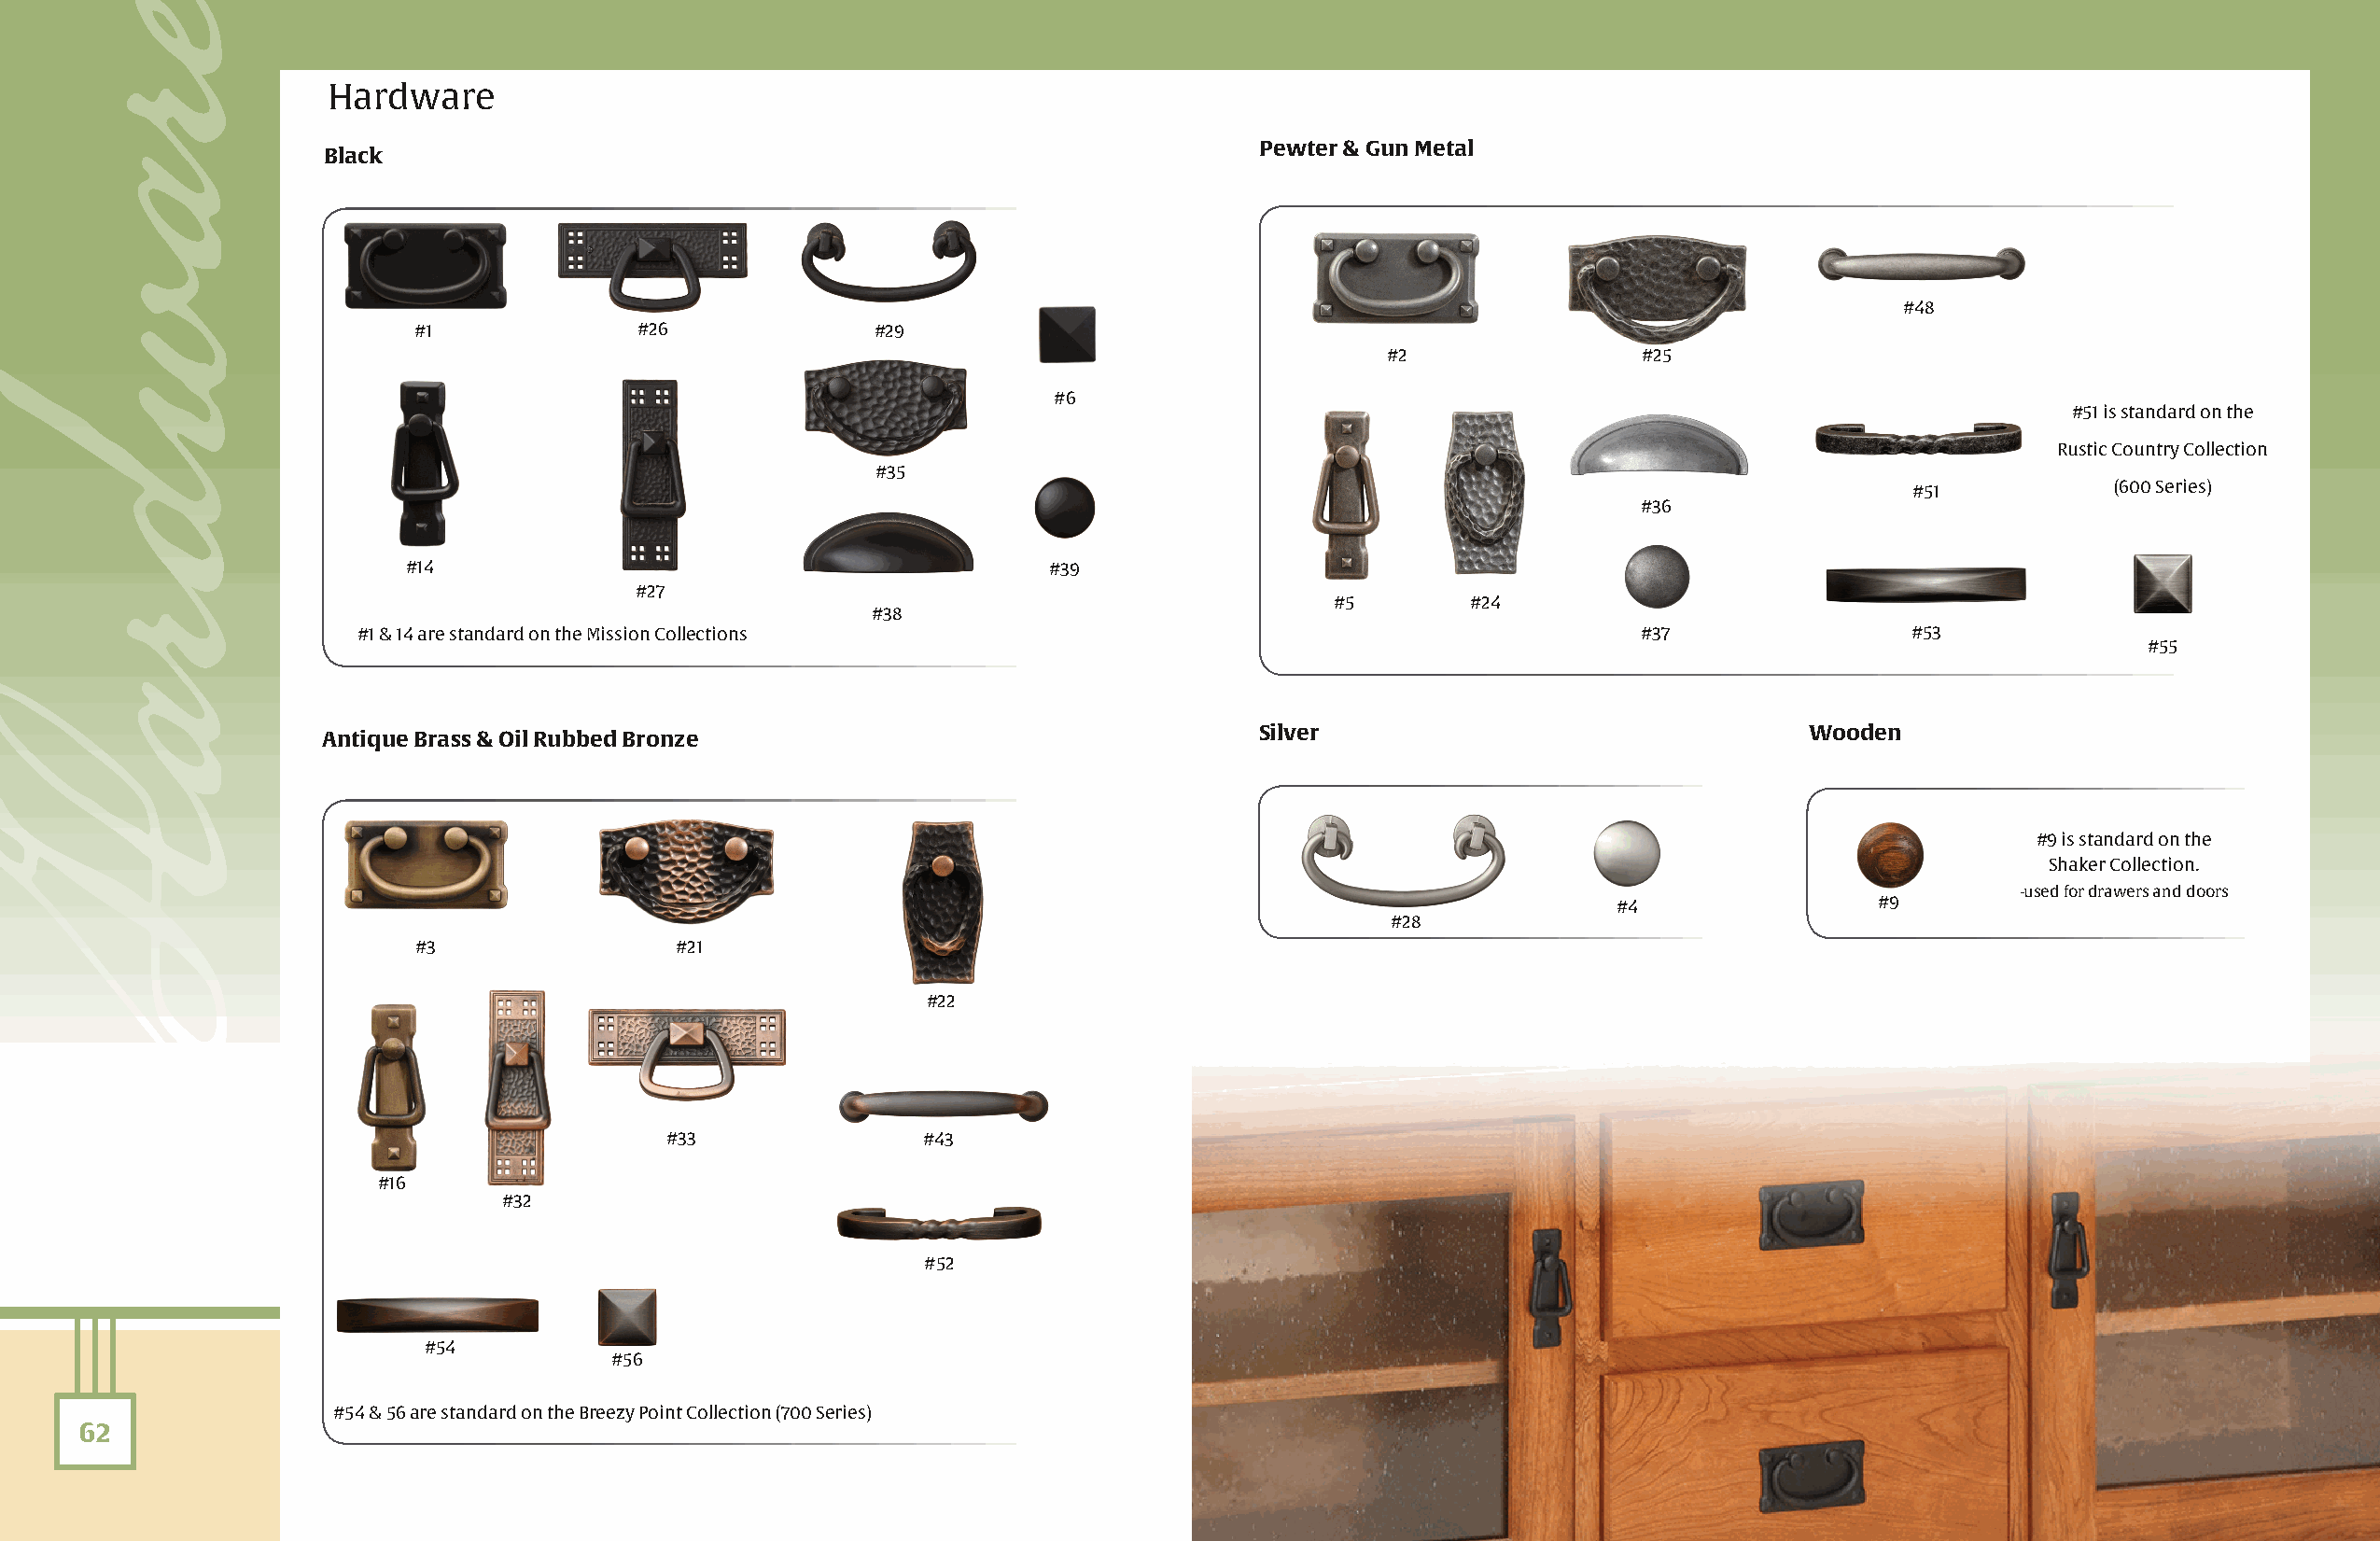
Hardware
 Pewter & Gun Metal
 Black
 #48
 #1              #26              #29
 #2                #25
 #6
 #51 is standard on the
 Rustic Country Collection
 #35
 #51           (600 Series)
 #36
 #14                                          #39
 #27
 #5       #24
 #38
 #1 & 14 are standard on the Mission Collections                                            #37                 #53
 #55
 Silver                                 Wooden
 Antique Brass & Oil Rubbed Bronze
 #9 is standard on the
 Shaker Collection.
 -used for drawers and doors
 #4                #9
 #28
 #3                 #21
 #22
 #33               #43
 #16
 #32
 #52
 #54
 #56
 #54 & 56 are standard on the Breezy Point Collection (700 Series)
 62
 erawdraH